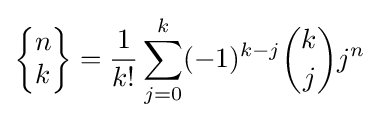
\left\{{\begin{matrix}n\\k\end{matrix}}\right\}={\frac {1}{k!}}\sum _{j=0}^{k}(-1)^{k-j}{k \choose j}j^{n}